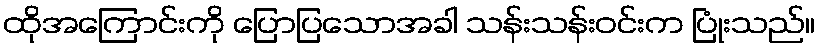
ထိုအကြောင်းကို ပြောပြသောအခါ သန်းသန်းဝင်းက ပြုံးသည်။